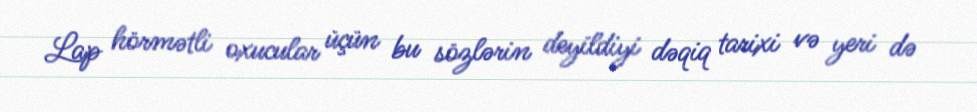
Lap hörmətli oxucular üçün bu sözlərin deyildiyi dəqiq tarixi və yeri də